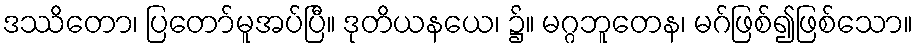
ဒဿိတော၊ ပြတော်မူအပ်ပြီ။ ဒုတိယနယေ၊ ၌။ မဂ္ဂဘူတေန၊ မဂ်ဖြစ်၍ဖြစ်သော။